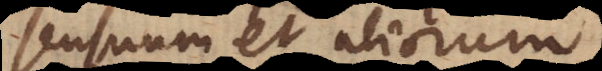
sensuum et aliorum